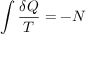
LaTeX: \int { \frac { \delta Q } { T } } = - N